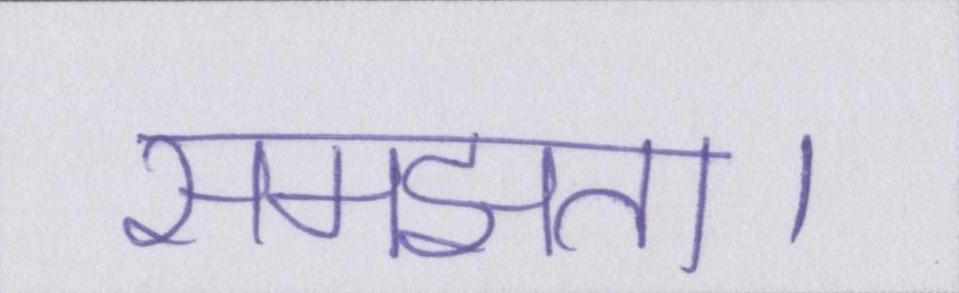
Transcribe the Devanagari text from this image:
समझता।